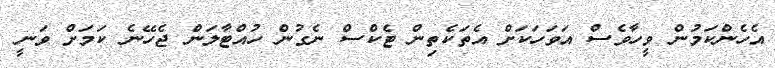
އެހެންކަމުން ވީހާވެސް އަވަހަކަށް އެތަކެތިން ޓެކްސް ނެގުން ހުއްޓާލަން ޖެހޭނެ ކަމަށް ވަނީ